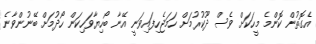
އެގޮތުން ކޮންމެ މީހަކަށް ވެސް ދޫކުރުމަށް ހަމަޖެހިފައިވަނީ އޭނާ ބޯހިޔާވަހިކަން ހޯދުމަށް ބޭނުންވާނެ